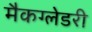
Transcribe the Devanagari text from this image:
मैकग्लेडरी